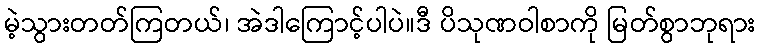
မဲ့သွားတတ်ကြတယ်၊ အဲဒါကြောင့်ပါပဲ။ဒီ ပိသုဏဝါစာကို မြတ်စွာဘုရား